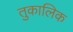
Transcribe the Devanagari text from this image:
तुकालिक